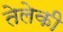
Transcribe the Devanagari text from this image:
तेलेकी